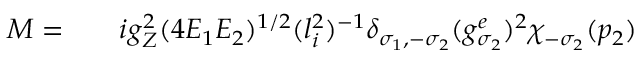
\begin{array} { r l r } { { \cal M } = } & { { } } & { i g _ { Z } ^ { 2 } ( 4 E _ { 1 } E _ { 2 } ) ^ { 1 / 2 } ( l _ { i } ^ { 2 } ) ^ { - 1 } \delta _ { \sigma _ { 1 } , - \sigma _ { 2 } } ( g _ { \sigma _ { 2 } } ^ { e } ) ^ { 2 } \chi _ { - \sigma _ { 2 } } ( p _ { 2 } ) } \end{array}